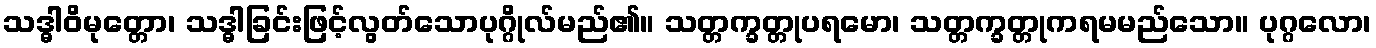
သဒ္ဓါဝိမုတ္တော၊ သဒ္ဓါခြင်းဖြင့်လွတ်သောပုဂ္ဂိုလ်မည်၏။ သတ္တက္ခတ္တုပရမော၊ သတ္တက္ခတ္တုကရမမည်သော။ ပုဂ္ဂလော၊